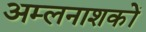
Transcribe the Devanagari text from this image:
अम्लनाशकों